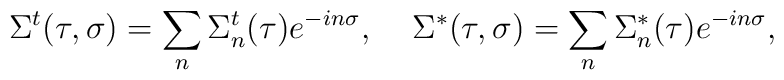
\Sigma^t(\tau,\sigma)=\sum_n\Sigma^t_n(\tau)e^{-in\sigma},\;\;\;\;\Sigma^*(\tau,\sigma)=\sum_n\Sigma^*_n(\tau)e^{-in\sigma},